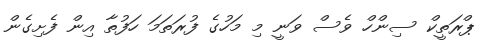
ޕްރަތީކް ސިންހް ވެސް ވަނީ މި މަހުގެ ފުރަތަމަ ހަފުތާ އިން ފެށިގެން